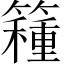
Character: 𥵾